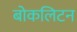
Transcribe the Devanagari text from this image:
बोकलिटन